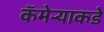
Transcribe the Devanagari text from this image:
कॅमेर्‍याकडे